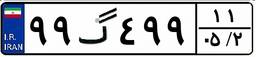
۹۹گ۴۹۹۱۱